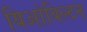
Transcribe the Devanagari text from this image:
यिओविल्टन